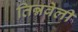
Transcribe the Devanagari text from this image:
तिन्नवेली